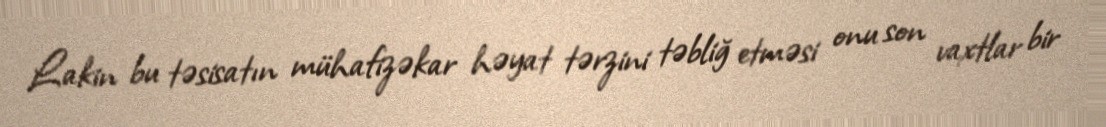
Lakin bu təsisatın mühafizəkar həyat tərzini təbliğ etməsi onu son vaxtlar bir